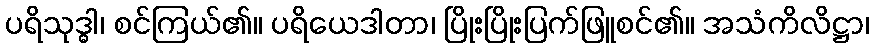
ပရိသုဒ္ဓါ၊ စင်ကြယ်၏။ ပရိယေဒါတာ၊ ပြိုးပြိုးပြက်ဖြူစင်၏။ အသံကိလိဋ္ဌာ၊